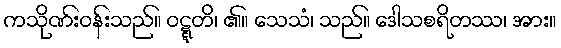
ကသိုဏ်းဝန်းသည်။ ဝဋ္ဋတိ၊ ၏။ သေသံ၊ သည်။ ဒေါသစရိတဿ၊ အား။